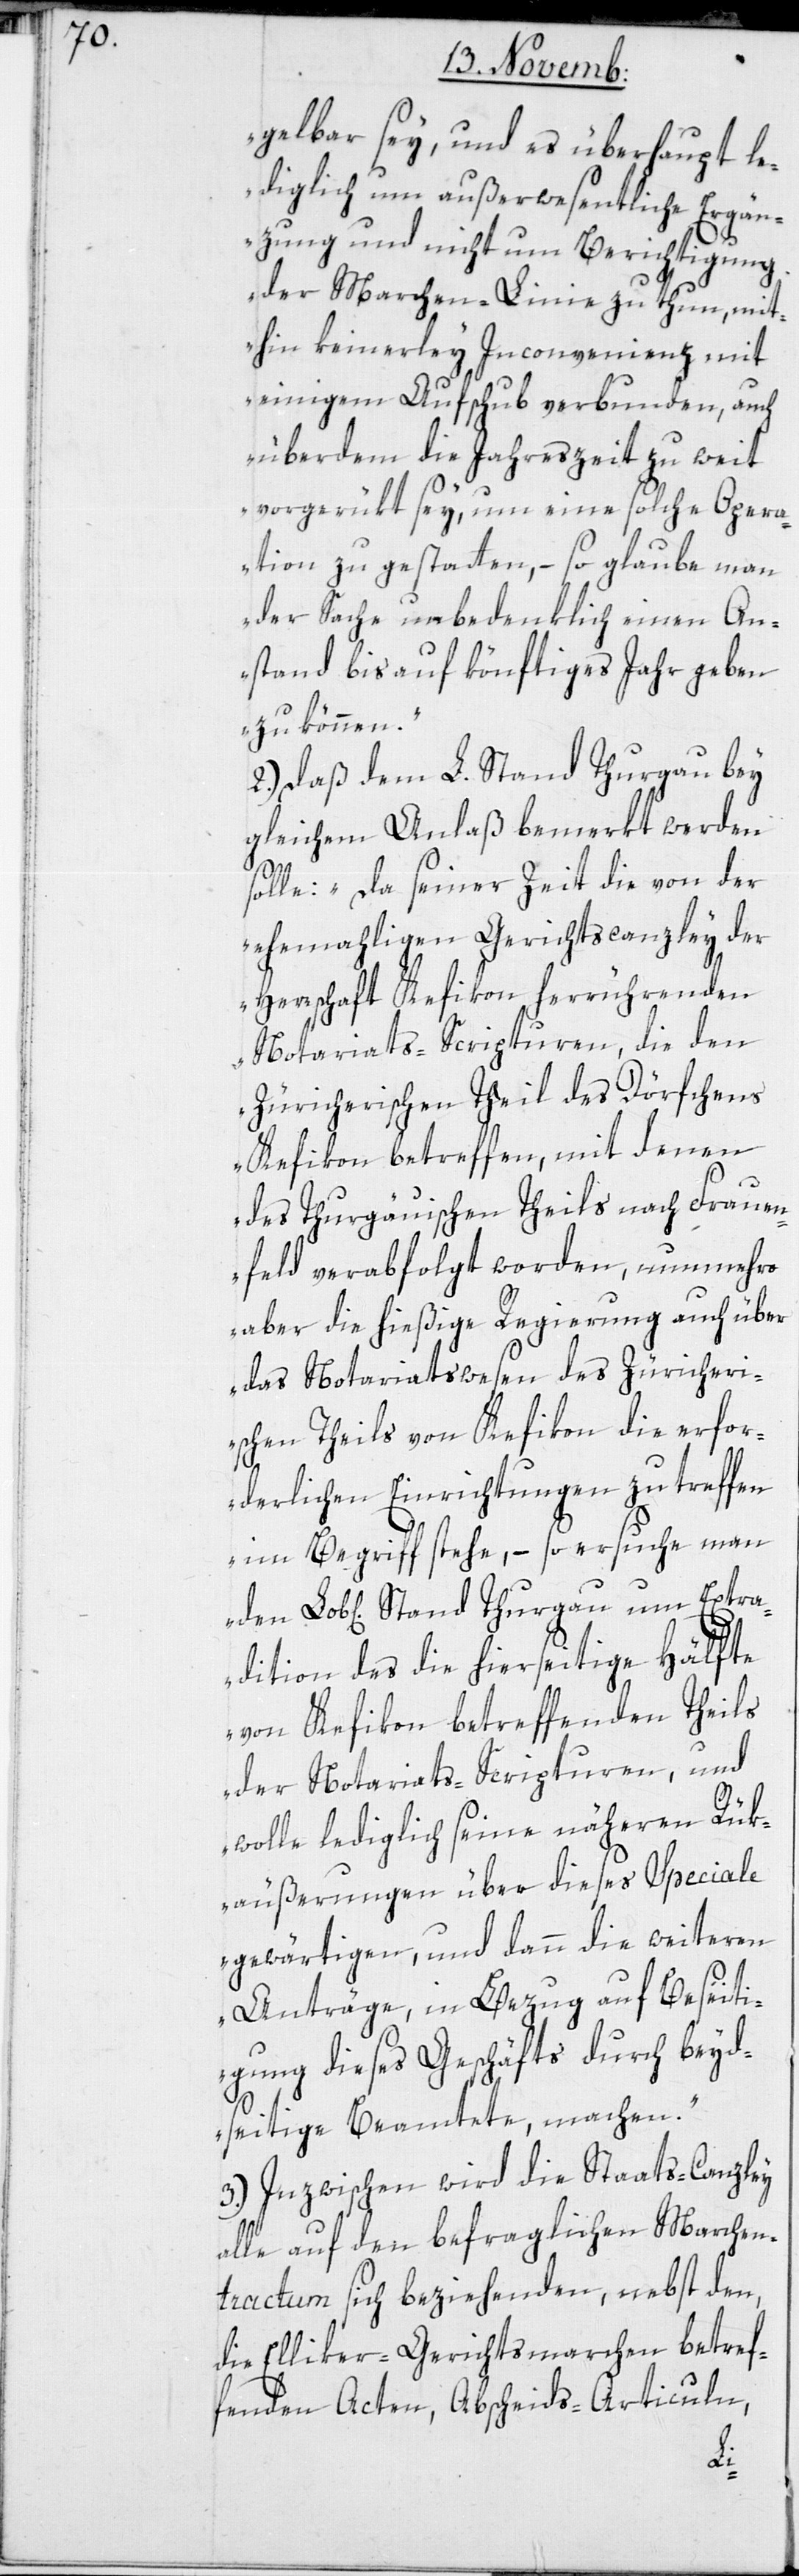
gelbar sey, und es überhaupt le¬
diglich um außerwesentliche Ergän¬
zungen und nicht um Berichtigung
der Marchenlinie zu thun, mit¬
hin keinerley Inconvenienz mit
einigem Aufschub verbunden, auch
überdem die Jahreszeit zu weit
vorgerükt sey, um eine solche Opera¬
tion zu gestatten, – so glaube man
der Sache unbedenklich einen An¬
stand bis auf könftiges Jahr geben
zu können.“
2.) Daß dem L. Stand Thurgau bey
gleichem Anlaß bemerkt werden
solle: „da seiner Zeit die von der
ehemahligen Gerichtscanzley der
Herrschaft Kefikon herrührenden
Notariats-Scripturen, die den
Züricherischen Theil des Dörfchens
Kefikon betreffen, mit denen
des Thurgauischen Theils nach Frauen¬
feld verabfolgt worden, nunmehro
aber die hießige Regierung auch über
das Notariatswesen des Züricheri¬
schen Theils von Kefikon die erfor¬
derlichen Einrichtungen zu treffen
im Begriff stehe, – so ersuche man
adition des die hierseitige Hälfte
von Kefikon betreffenden Theils
der Notariats-Scripturen, und
Extr¬
wolle lediglich seine näheren Rük¬
äußerungen über dieses Speciale
gewärtigen, und dann die weiteren
Anträge, in Bezug auf Beseiti¬
gung dieses Geschäfts durch beyd¬
seitige Beamtete machen.“
3.) Inzwischen wird die Staats-Canzley
alle auf den befraglichen Marchen-T¬
ractum sich beziehenden, nebst den,
die Elliker-Gerichtsmarchen betref¬
fenden Acten, Abscheids-Articuln,